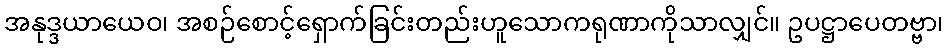
အနုဒ္ဒယာယေဝ၊ အစဉ်စောင့်ရှောက်ခြင်းတည်းဟူသောကရုဏာကိုသာလျှင်။ ဥပဋ္ဌာပေတဗ္ဗာ၊